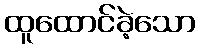
ထူထောင်ခဲ့သော